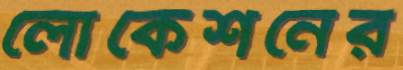
লোকেশনের